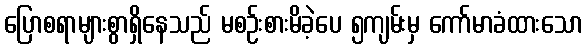
ပြောစရာများစွာရှိနေသည် မစဉ်းစားမိခဲ့ပေ ၅ကျမ်းမှ ကော်မာခံထားသော